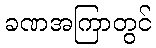
ခဏအကြာတွင်